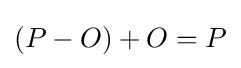
(P-O)+O=P